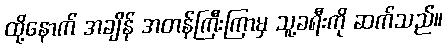
ထို့နောက် အချိန် အတန်ကြီးကြာမှ သူ့ခရီးကို ဆက်သည်။